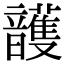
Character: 頀